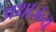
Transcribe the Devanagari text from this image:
प्रथाजन्य